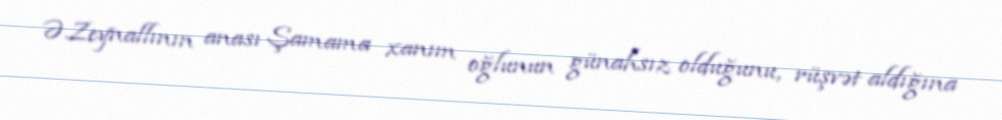
Ə.Zeynallının anası Şamama xanım oğlunun günahsız olduğunu, rüşvət aldığına